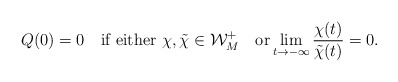
\begin{align*}Q(0)=0\quad\mbox{if either }\chi, \tilde{\chi} \in \mathcal{W}_M^+\quad\mbox{or}\lim\limits_{t\to -\infty}\dfrac{\chi(t)}{\tilde{\chi}(t)}=0.\end{align*}